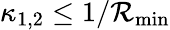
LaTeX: \kappa_{1,2}\leq1/\mathcal{R}_{\mathrm{{min}}}